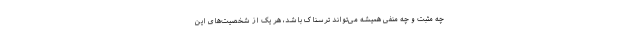
چه مثبت و چه منفی همیشه می‌تواند ترسناک باشد، هر یک از شخصیت‌های این